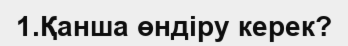
1.Қанша өндіру керек?